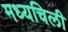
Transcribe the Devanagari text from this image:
मध्यचिली